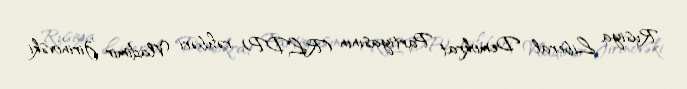
Rusiya Liberal Demokrat Partiyasının (RLDP) rəhbəri Vladimir Jirinovski